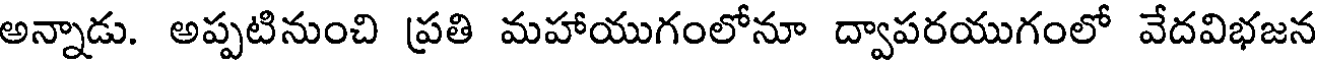
అన్నాడు. అప్పటినుంచి ప్రతి మహాయుగంలోనూ ద్వాపరయుగంలో వేదవిభజన